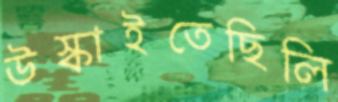
উস্‌কাইতেছিলি